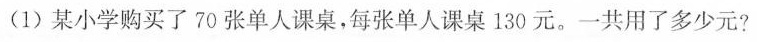
(1)某小学购买了70张单人课桌，每张单人课桌130元。一共用了多少元?